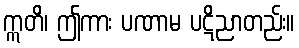
ဣတိ၊ ဤကား ပဏာမ ပဋိညာတည်း။